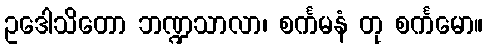
ဥဒေါသိတော ဘဏ္ဍသာလာ၊ စင်္ကမနံ တု စင်္ကမော။